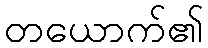
တယောက်၏